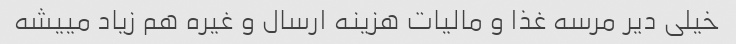
خیلی دیر مرسه غذا و مالیات هزینه ارسال و غیره هم زیاد مییشه